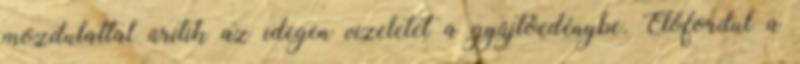
mozdulattal ürítik az idegen vizeletet a gyűjtőedénybe. Előfordul a